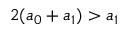
2 ( a _ { 0 } + a _ { 1 } ) > a _ { 1 }